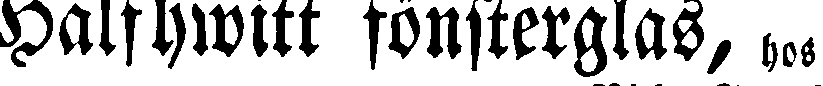
Halfhwitt fönsterglas, hos